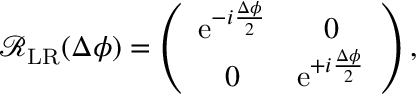
\begin{array} { r } { \mathcal { R } _ { \mathrm { L R } } ( \Delta \phi ) = \left( \begin{array} { c c } { \mathrm { e } ^ { - i \frac { \Delta \phi } { 2 } } } & { 0 } \\ { 0 } & { \mathrm { e } ^ { + i \frac { \Delta \phi } { 2 } } } \end{array} \right) , } \end{array}